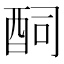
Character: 䣳